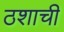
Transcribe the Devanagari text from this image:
ठशाची